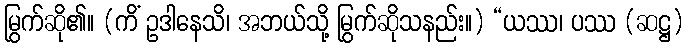
မြွက်ဆို၏။ (ကိံ ဥဒါနေသိ၊ အဘယ်သို့ မြွက်ဆိုသနည်း။) “ယဿ၊ ပဿ (ဆဋ္ဌ)